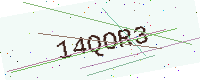
Text: 14QOR3